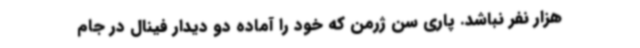
هزار نفر نباشد. پاری سن ژرمن که خود را آماده دو دیدار فینال در جام